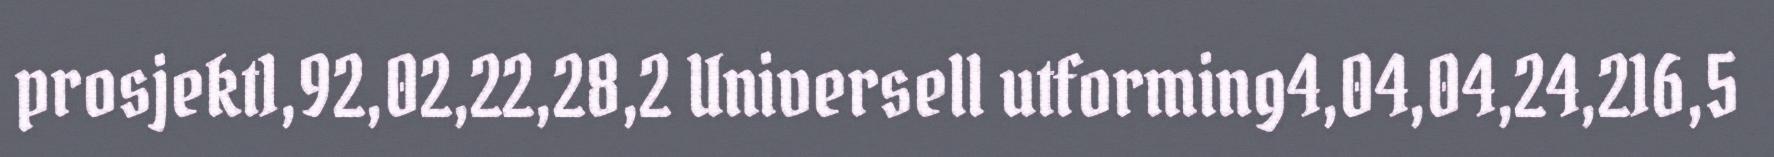
prosjekt1,92,02,22,28,2 Universell utforming4,04,04,24,216,5